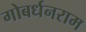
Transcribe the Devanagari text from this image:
गोबर्धनराम